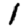
Digit: 1